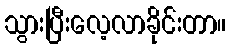
သွားပြီးလေ့လာခိုင်းတာ။